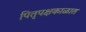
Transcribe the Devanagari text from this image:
पितृपक्षकाळात